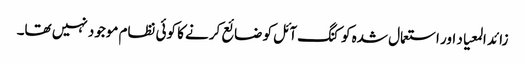
زائد المعیاد اور استعمال شدہ کوکنگ آئل کو ضائع کرنے کا کوئی نظام موجود نہیں تھا۔